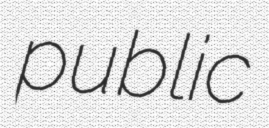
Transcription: public